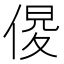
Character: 𠋍